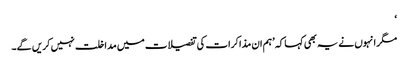
‘
مگر انہوں نے یہ بھی کہا کہ ’ہم ان مذاکرات کی تفصیلات میں مداخلت نہیں کریں گے۔